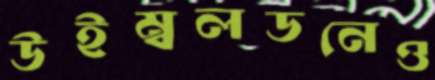
উইম্বলডনেও